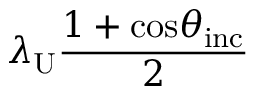
\lambda _ { \mathrm { U } } \frac { 1 + \mathrm { c o s } \theta _ { \mathrm { i n c } } } { 2 }